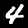
Label: 4